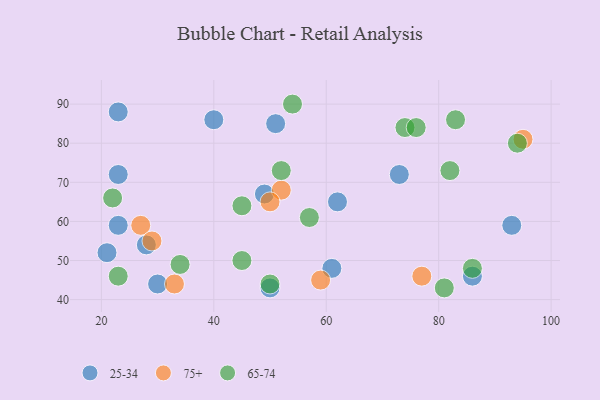
{"axis": {"x": "GDP", "y": "Life Expectancy"}, "legend": ["25-34", "65-74", "75+"], "data": [{"x": "23", "y": 72, "type": "25-34"}, {"x": "86", "y": 46, "type": "25-34"}, {"x": "62", "y": 65, "type": "25-34"}, {"x": "23", "y": 88, "type": "25-34"}, {"x": "51", "y": 85, "type": "25-34"}, {"x": "30", "y": 44, "type": "25-34"}, {"x": "93", "y": 59, "type": "25-34"}, {"x": "50", "y": 43, "type": "25-34"}, {"x": "28", "y": 54, "type": "25-34"}, {"x": "23", "y": 59, "type": "25-34"}, {"x": "21", "y": 52, "type": "25-34"}, {"x": "61", "y": 48, "type": "25-34"}, {"x": "73", "y": 72, "type": "25-34"}, {"x": "40", "y": 86, "type": "25-34"}, {"x": "49", "y": 67, "type": "25-34"}, {"x": "27", "y": 59, "type": "75+"}, {"x": "29", "y": 55, "type": "75+"}, {"x": "59", "y": 45, "type": "75+"}, {"x": "52", "y": 68, "type": "75+"}, {"x": "77", "y": 46, "type": "75+"}, {"x": "33", "y": 44, "type": "75+"}, {"x": "95", "y": 81, "type": "75+"}, {"x": "50", "y": 65, "type": "75+"}, {"x": "57", "y": 61, "type": "65-74"}, {"x": "54", "y": 90, "type": "65-74"}, {"x": "34", "y": 49, "type": "65-74"}, {"x": "74", "y": 84, "type": "65-74"}, {"x": "50", "y": 44, "type": "65-74"}, {"x": "45", "y": 64, "type": "65-74"}, {"x": "86", "y": 48, "type": "65-74"}, {"x": "23", "y": 46, "type": "65-74"}, {"x": "22", "y": 66, "type": "65-74"}, {"x": "76", "y": 84, "type": "65-74"}, {"x": "81", "y": 43, "type": "65-74"}, {"x": "94", "y": 80, "type": "65-74"}, {"x": "52", "y": 73, "type": "65-74"}, {"x": "82", "y": 73, "type": "65-74"}, {"x": "83", "y": 86, "type": "65-74"}, {"x": "45", "y": 50, "type": "65-74"}]}